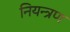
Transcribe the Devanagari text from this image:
नियन्‍त्रण